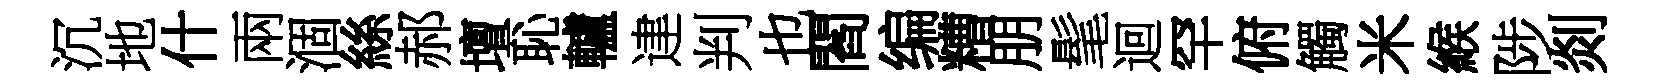
沉地什兩涸絲郝壇恥轤䢖判也閻编糟朋髦迴罕俯觸米緱陟剡